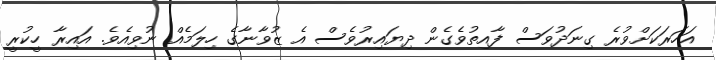
އަހަރަކަށްވުރެ ގިނަދުވަސް ފާއިތުވެގެން ދިޔައިރުވެސް އެ ޒުވާނާގެ ހިލަމެއް ނުވިއެވެ. އައިރާ ހީކުރީ